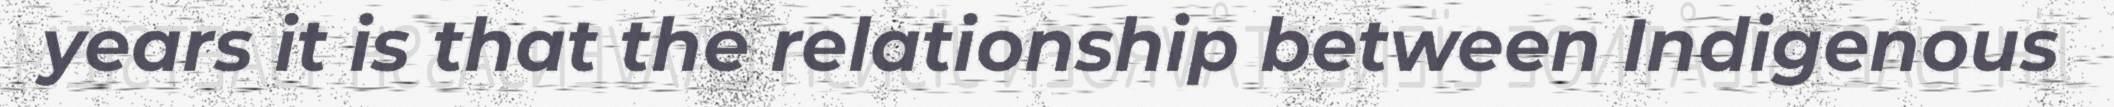
years it is that the relationship between Indigenous